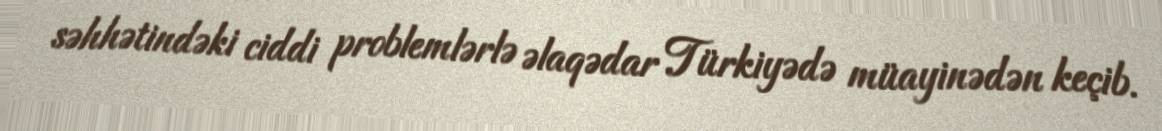
səhhətindəki ciddi problemlərlə əlaqədar Türkiyədə müayinədən keçib.